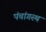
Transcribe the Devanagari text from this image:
पंचांगस्थ